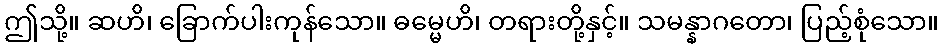
ဤသို့။ ဆဟိ၊ ခြောက်ပါးကုန်သော။ ဓမ္မေဟိ၊ တရားတို့နှင့်။ သမန္နာဂတော၊ ပြည့်စုံသော။